Lunatic asylums Bombay report 1891-1903 - 1891-1903
Year: 1891
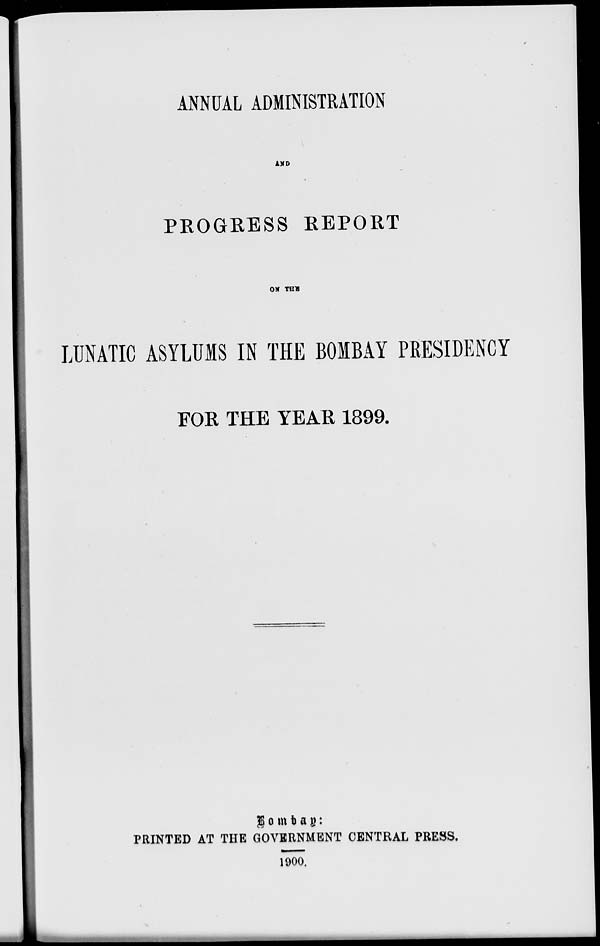
ANNUAL ADMINISTRATION
AND
PROGRESS REPORT
ON THE
LUNATIC ASYLUMS IN THE BOMBAY PRESIDENCY
FOR THE YEAR 1899.
Bombay :
PRINTED AT THE GOVERNMENT CENTRAL PRESS.
1900.